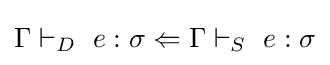
\Gamma \vdash _{D}\ e:\sigma \Leftarrow \Gamma \vdash _{S}\ e:\sigma